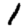
Digit: 1